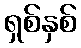
ရှစ်နှစ်